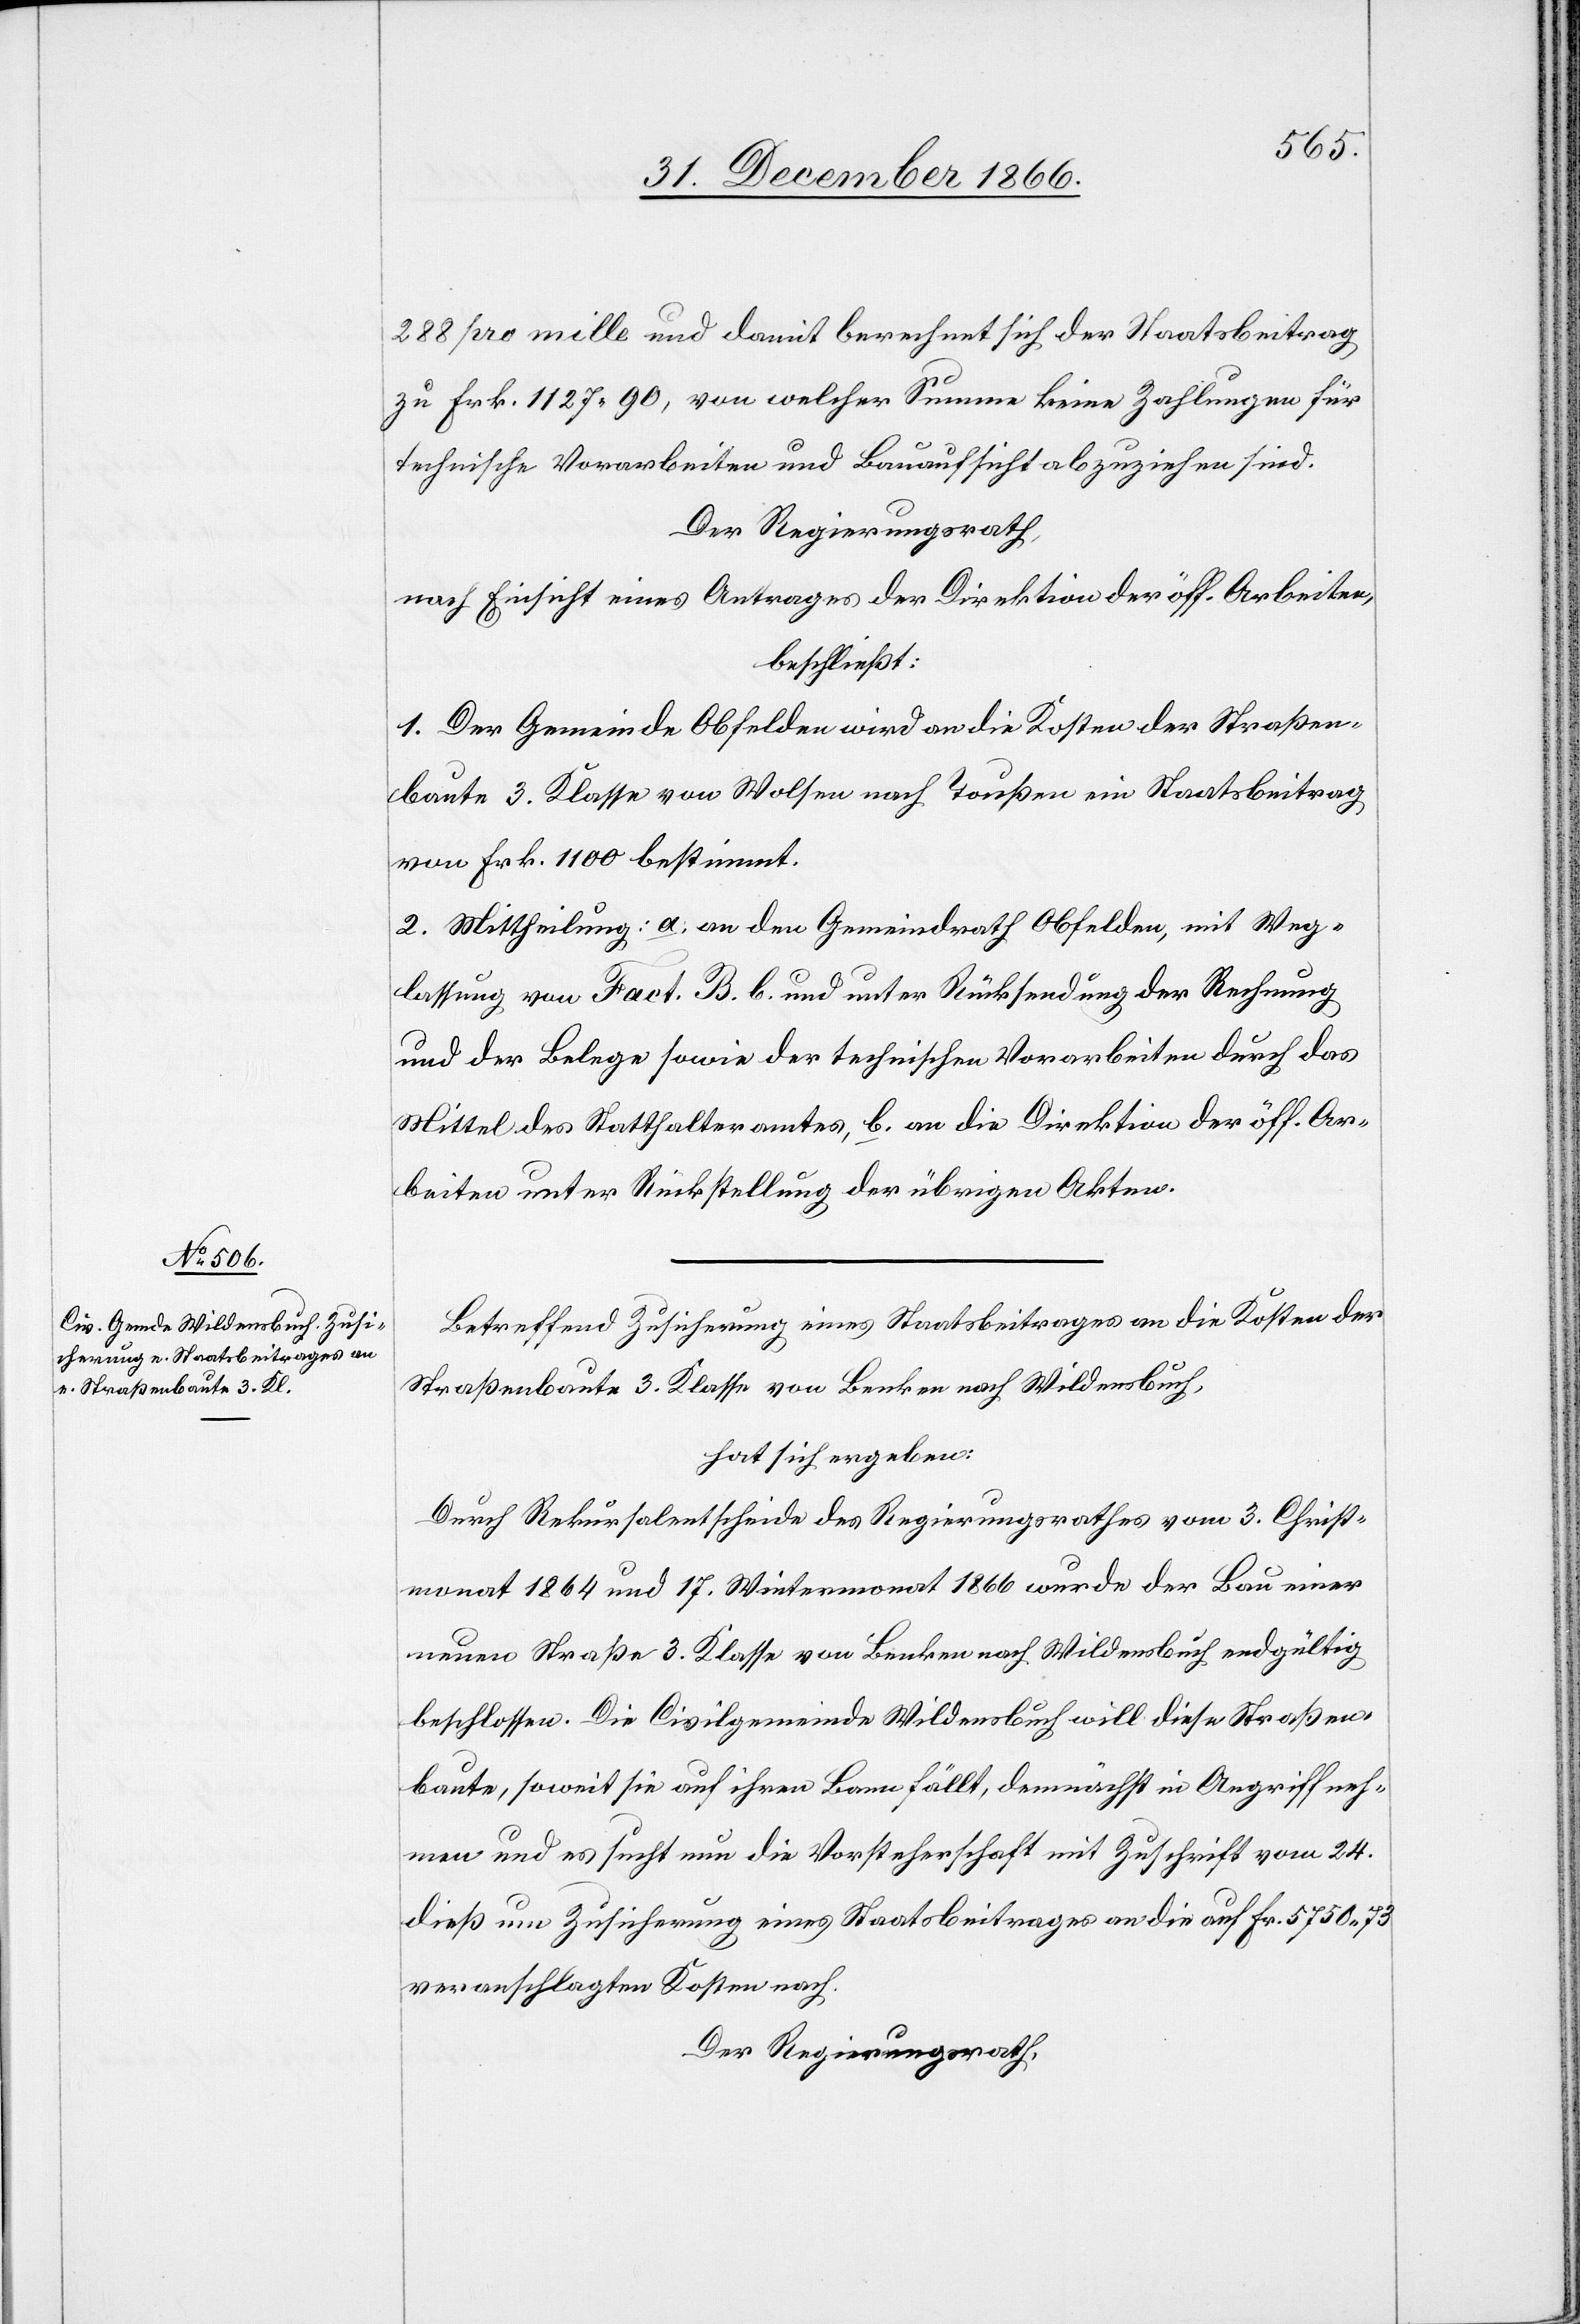
288 pro mille und damit berechnet sich der Staatsbeitrag
zu Frk. 1127.90, von welcher Summe keine Zahlungen für
technische Vorarbeiten und Bauaufsicht abzuziehen sind.
Der Regierungsrath,
nach Einsicht eines Antrages der Direktion der öff. Arbeiten,
beschließt:
1. Der Gemeinde Obfelden wird an die Kosten der Straßen¬
baute 3. Klasse von Wolsen nach Toußen ein Staatsbeitrag
von Frk. 1100 bestimmt.
2. Mittheilung: a. an den Gemeindrath Obfelden, mit Weg¬
lassung von Fact. B. b. und unter Rücksendung der Rechnung
und der Belege sowie der technischen Vorarbeiten durch das
Mittel des Statthalteramtes, b. an die Direktion der öff. Ar¬
beiten unter Rückstellung der übrigen Akten.
Betreffend Zusicherung eines Staatsbeitrages an die Kosten der
Straßenbaute 3. Klasse von Benken nach Wildensbuch,
hat sich ergeben:
Durch Rekursalentscheide des Regierungsrathes vom 3. Christ¬
monat 1864 und 17. Wintermonat 1866 wurde der Bau einer
neuen Straße 3. Klasse von Benken nach Wildensbuch endgültig
beschlossen. Die Civilgemeinde Wildensbuch will diese Straßen¬
baute, soweit sie auf ihren Bann fällt, demnächst in Angriff neh¬
men und es sucht nun die Vorsteherschaft mit Zuschrift vom 24.
dieß um Zusicherung eines Staatsbeitrages an die auf Fr. 5750.73
veranschlagten Kosten nach.
Der Regierungsrath,